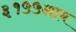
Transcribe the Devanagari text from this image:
३१५५आय